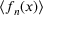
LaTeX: \langle f _ { n } ( x ) \rangle